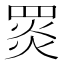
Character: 𦋎